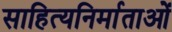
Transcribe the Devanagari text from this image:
साहित्यनिर्माताओं